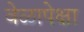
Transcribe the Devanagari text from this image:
वेळापेक्षा